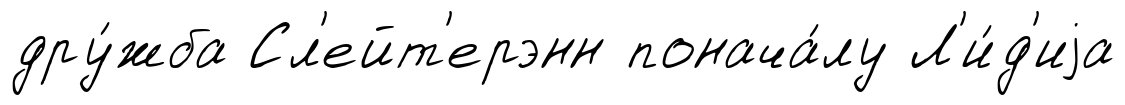
дру́жба Сл'ейт'ерэнн понача́лу Л'и́д'иjа